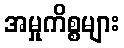
အမှုကိစ္စများ